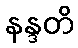
နန္ဒတိ